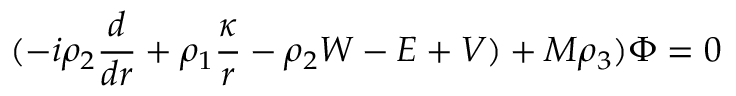
( - i \rho _ { 2 } { \frac { d } { d r } } + \rho _ { 1 } { \frac { \kappa } { r } } - \rho _ { 2 } W - E + V ) + M \rho _ { 3 } ) \Phi = 0